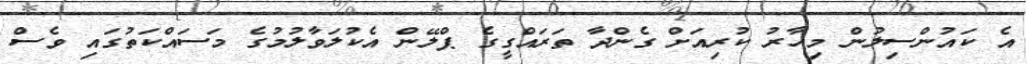
އެ ކައުންސިލުން މިހާރު ކުރިއަށް ގެންދާ ތަރައްގީގެ ޕްލޭން އެކުލަވާލުމުގެ މަސައްކަތުގައި ވެސް